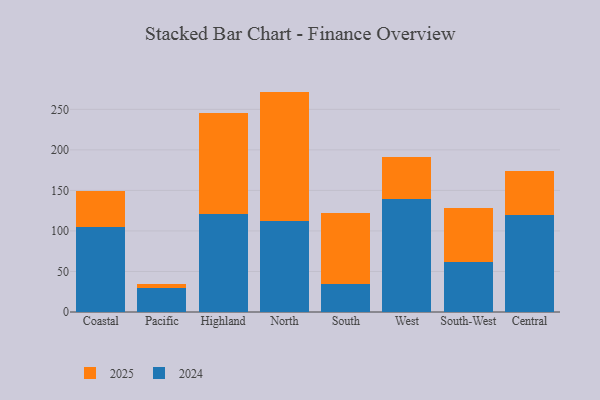
{"axis": {"x": "Region", "y": "Conversion Rate (%)"}, "legend": ["2024", "2025"], "data": [{"x": "Coastal", "y": 104.9, "type": "2024"}, {"x": "Coastal", "y": 43.8, "type": "2025"}, {"x": "Pacific", "y": 29.6, "type": "2024"}, {"x": "Pacific", "y": 5.3, "type": "2025"}, {"x": "Highland", "y": 120.9, "type": "2024"}, {"x": "Highland", "y": 124.9, "type": "2025"}, {"x": "North", "y": 112.2, "type": "2024"}, {"x": "North", "y": 159.7, "type": "2025"}, {"x": "South", "y": 34.1, "type": "2024"}, {"x": "South", "y": 88.0, "type": "2025"}, {"x": "West", "y": 139.4, "type": "2024"}, {"x": "West", "y": 52.2, "type": "2025"}, {"x": "South-West", "y": 61.4, "type": "2024"}, {"x": "South-West", "y": 67.5, "type": "2025"}, {"x": "Central", "y": 119.3, "type": "2024"}, {"x": "Central", "y": 54.1, "type": "2025"}]}